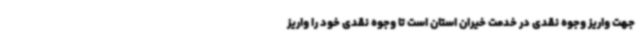
جهت واریز وجوه نقدی در خدمت خیران استان است تا وجوه نقدی خود را واریز